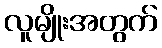
လူမျိုးအတွက်